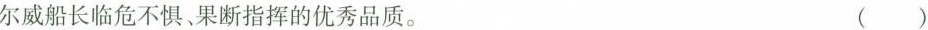
尔威船长临危不惧，果断指挥的优秀品质。 ()